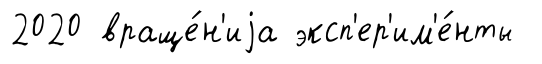
2020 враще́н'иjа эксп'ер'им'е́нты